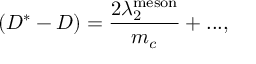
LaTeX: \left( D ^ { * } - D \right) = { \frac { 2 \lambda _ { 2 } ^ { \mathrm { m e s o n } } } { m _ { c } } } + . . . ,